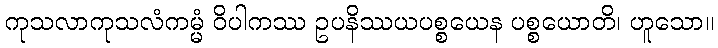
ကုသလာကုသလံကမ္မံ ဝိပါကဿ ဥပနိဿယပစ္စယေန ပစ္စယောတိ၊ ဟူသော။